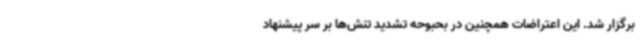
برگزار شد. این اعتراضات همچنین در بحبوحه تشدید تنش‌ها بر سر پیشنهاد